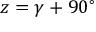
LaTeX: z = \gamma + 9 0 { } ^ { \circ }